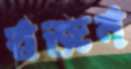
স্বজন